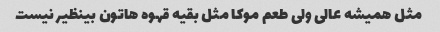
مثل همیشه عالی ولی طعم موکا مثل بقیه قهوه هاتون بینظیر نیست